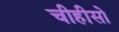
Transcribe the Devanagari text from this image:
चीहीसो